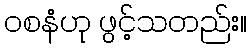
ဝစနံဟု ဖွင့်သတည်း။